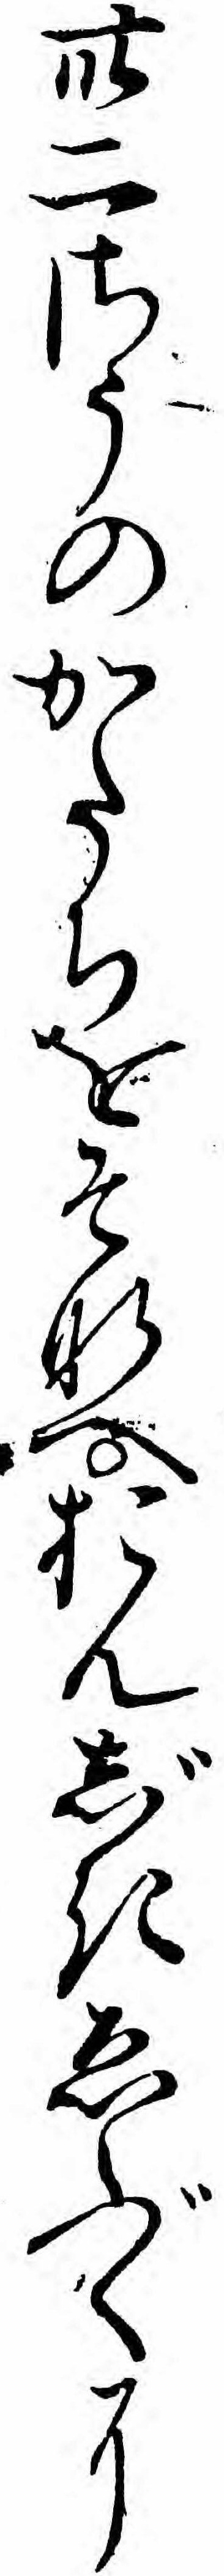
卅二さうのかたちをそなへおんじきゑぶくに